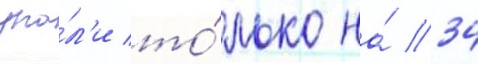
упа́л'и то́лько на́ 34